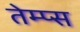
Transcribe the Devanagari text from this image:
तेम्प्स